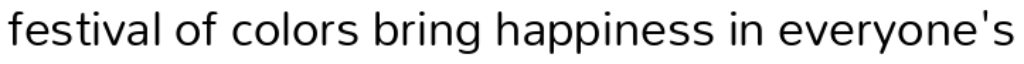
festival of colors bring happiness in everyone's